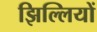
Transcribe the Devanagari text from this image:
झिल्‍लियों